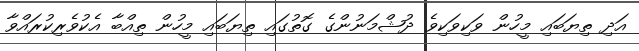
އަދި ތިޔަބައި މީހުން ވަކިވަކިވެ ދުޝްމަނުންގެ ގޮތުގައި ތިޔަބައި މީހުން ތިއްބާ އެކުވެރިކުރައްވާ